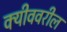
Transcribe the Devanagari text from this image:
क्यीववरील